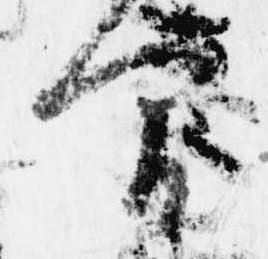
間